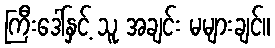
ကြီးဒေါ်နှင့် သူ အချင်း မများချင်။